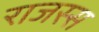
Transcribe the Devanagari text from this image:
राजस्स